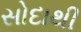
સોદાથી